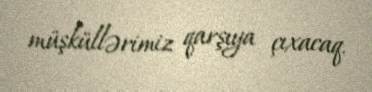
müşküllərimiz qarşıya çıxacaq.